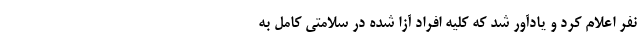
نفر اعلام کرد و یادآور شد که کلیه افراد آزا شده در سلامتی کامل به